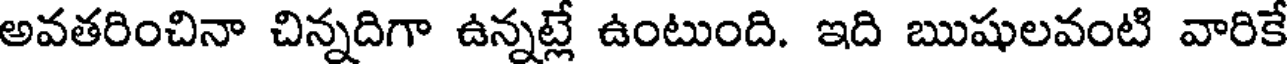
అవతరించినా చిన్నదిగా ఉన్నట్లే ఉంటుంది. ఇది ఋషులవంటి వారికే